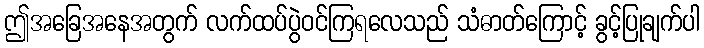
ဤအခြေအနေအတွက် လက်ထပ်ပွဲဝင်ကြရလေသည် သံဓာတ်ကြောင့် ခွင့်ပြုချက်ပါ